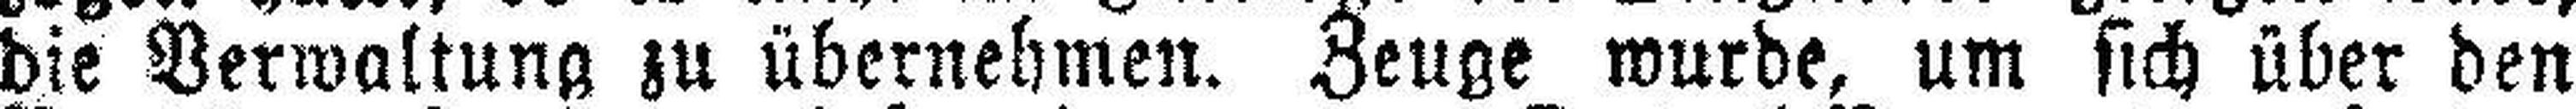
die Verwaltung zu übernehmen. Zeuge wurde, um sich über den